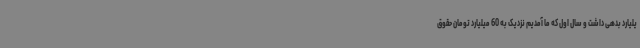
یلیارد بدهی داشت و سال اول که ما آمدیم نزدیک به 60 میلیارد تومان حقوق